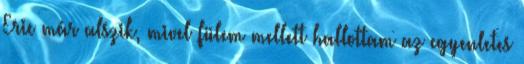
Eric már alszik, mivel fülem mellett hallottam az egyenletes